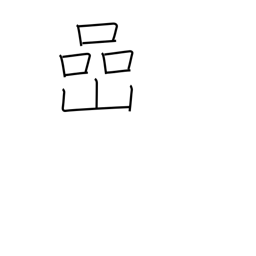
Meaning: rock